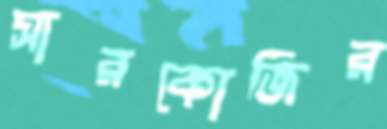
সারকোজির